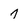
Character: 7